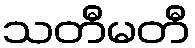
သတီမတီ